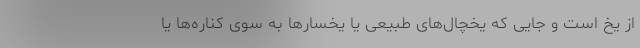
از یخ است و جایی‌ که یخچال‌های طبیعی یا یخسارها به سوی کناره‌ها یا